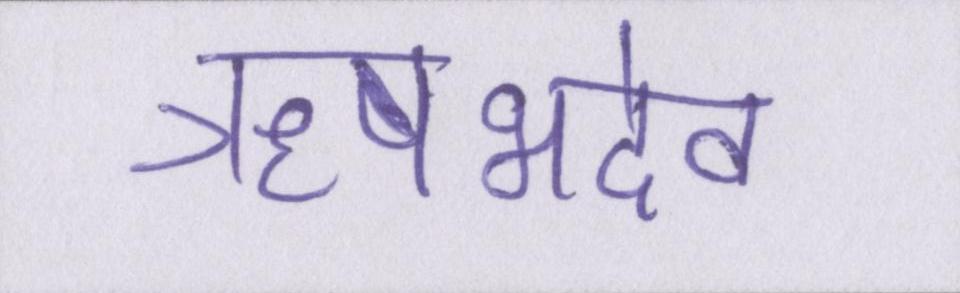
ऋषभदेव